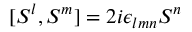
[ S ^ { l } , S ^ { m } ] = 2 i \epsilon _ { l m n } S ^ { n }